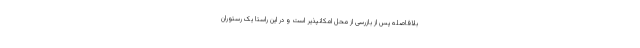
بلافاصله پس از بازرسی از محل امکانپذیر است و در این راستا یک رستوران